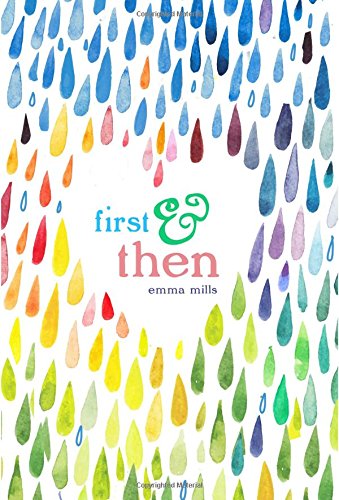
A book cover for First & Then; Emma Mills; Teen & Young Adult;